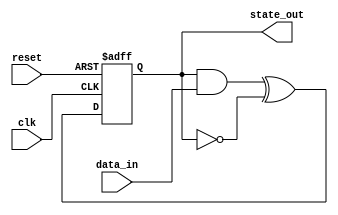
module FeedbackRegister (
    input wire clk,              // Clock signal
    input wire reset,            // Reset signal
    input wire [3:0] data_in,    // External data input
    output reg [3:0] state_out   // Current state output
);

// Internal state variable
reg [3:0] state;

// Combinational logic for feedback
wire [3:0] next_state;
assign next_state = (state & data_in) ^ (~state); // Example feedback logic

// Sequential logic
always @(posedge clk or posedge reset) begin
    if (reset) begin
        state <= 4'b0000; // Reset state
    end else begin
        state <= next_state; // Update state with feedback logic
    end
end

// Output the current state
always @(state) begin
    state_out = state; // Update output with current state
end

endmodule